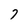
Character: 7